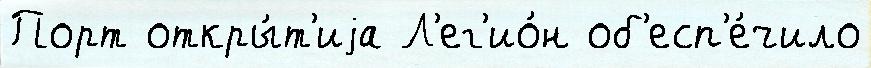
Порт откры́т'иjа Л'ег'ио́н об'есп'е́чило